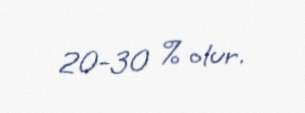
20-30 % olur.